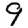
Digit: 9